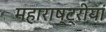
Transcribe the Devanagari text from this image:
महाराष्ट्रीयां